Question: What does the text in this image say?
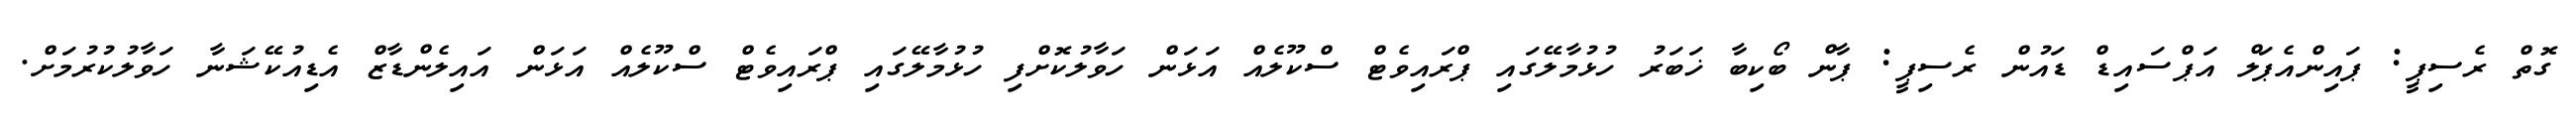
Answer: ގޮތް ރެސިޕީ: ޕައިންއެޕަލް އަޕްސައިޑް ޑައުން ރެސިޕީ: ޕާން ބޯކިބާ ޚަބަރު ހުޅުމާލޭގައި ޕްރައިވެޓް ސްކޫލެއް އަޅަން ހަވާލުކޮށްފި ހުޅުމާލޭގައި ޕްރައިވެޓް ސްކޫލެއް އަޅަން އައިލެންޑާޒް އެޑިއުކޭޝަނާ ހަވާލުކުރުމަށް.